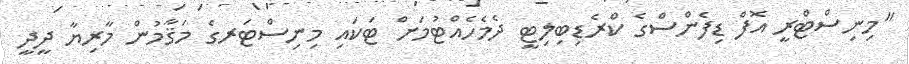
"މިނިސްޓްރީ އޮފް ޑިފެންސްގެ ކްރެޑިބިލިޓީ ދެމެހެއްޓުމަށް ޓަކައި މިނިސްޓަރގެ މަޤާމުން މާރިޔާ ދީދީ